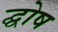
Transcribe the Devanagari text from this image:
द्घोष